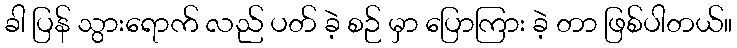
ခါ ပြန် သွားရောက် လည် ပတ် ခဲ့ စဉ် မှာ ပြောကြား ခဲ့ တာ ဖြစ်ပါတယ်။